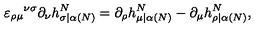
\varepsilon _ { \rho \mu } { } ^ { \nu \sigma } \partial _ { \nu } h _ { \sigma | \alpha ( N ) } ^ { N } = \partial _ { \rho } h _ { \mu | \alpha ( N ) } ^ { N } - \partial _ { \mu } h _ { \rho | \alpha ( N ) } ^ { N } ,